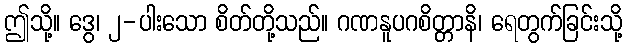
ဤသို့။ ဒွေ၊ ၂-ပါးသော စိတ်တို့သည်။ ဂဏနူပဂစိတ္တာနိ၊ ရေတွက်ခြင်းသို့